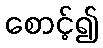
စောင့်၍